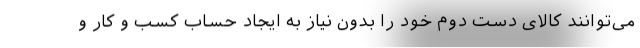
می‌توانند کالای دست دوم خود را بدون نیاز به ایجاد حساب کسب و کار و